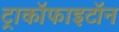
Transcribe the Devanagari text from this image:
ट्राकॉफाइटॉन